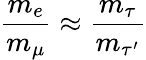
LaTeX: \frac{{m_{e}}}{{m_{\mu}}}\approx\frac{{m_{\tau}}}{{m_{\tau^{\prime}}}}